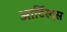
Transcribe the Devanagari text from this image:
आर्टिस्ट्‍स